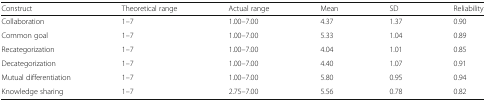
<table><thead><tr><td><b>Construct</b></td><td><b>Theoretical range</b></td><td><b>Actual range</b></td><td><b>Mean</b></td><td><b>SD</b></td><td><b>Reliability</b></td></tr></thead><tbody><tr><td>Collaboration</td><td>1–7</td><td>1.00–7.00</td><td>4.37</td><td>1.37</td><td>0.90</td></tr><tr><td>Common goal</td><td>1–7</td><td>1.00–7.00</td><td>5.33</td><td>1.04</td><td>0.89</td></tr><tr><td>Recategorization</td><td>1–7</td><td>1.00–7.00</td><td>4.04</td><td>1.01</td><td>0.85</td></tr><tr><td>Decategorization</td><td>1–7</td><td>1.00–7.00</td><td>4.40</td><td>1.07</td><td>0.91</td></tr><tr><td>Mutual differentiation</td><td>1–7</td><td>1.00–7.00</td><td>5.80</td><td>0.95</td><td>0.94</td></tr><tr><td>Knowledge sharing</td><td>1–7</td><td>2.75–7.00</td><td>5.56</td><td>0.78</td><td>0.82</td></tr></tbody></table>